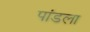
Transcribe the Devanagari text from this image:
पांडला